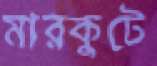
মারকুটে